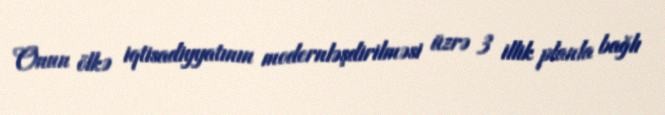
Onun ölkə iqtisadiyyatının modernləşdirilməsi üzrə 3 illik planla bağlı